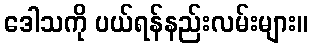
ဒေါသကို ပယ်ရန်နည်းလမ်းများ။